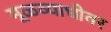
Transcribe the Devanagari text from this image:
मूळव्याधीवर